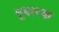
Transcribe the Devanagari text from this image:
मूबारक